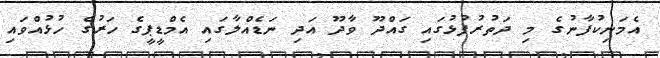
އެމަނިކުފާނުގެ މި ދަތުރުފުޅުގައި ގައްދޫ ވާދޫ އަދި ނަޑެއްލާގައި އެމްޑީޕީގެ ހަރުގެ ހުޅުއްވައި